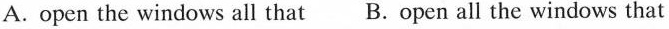
A.open the windows all that B.open all the windows that